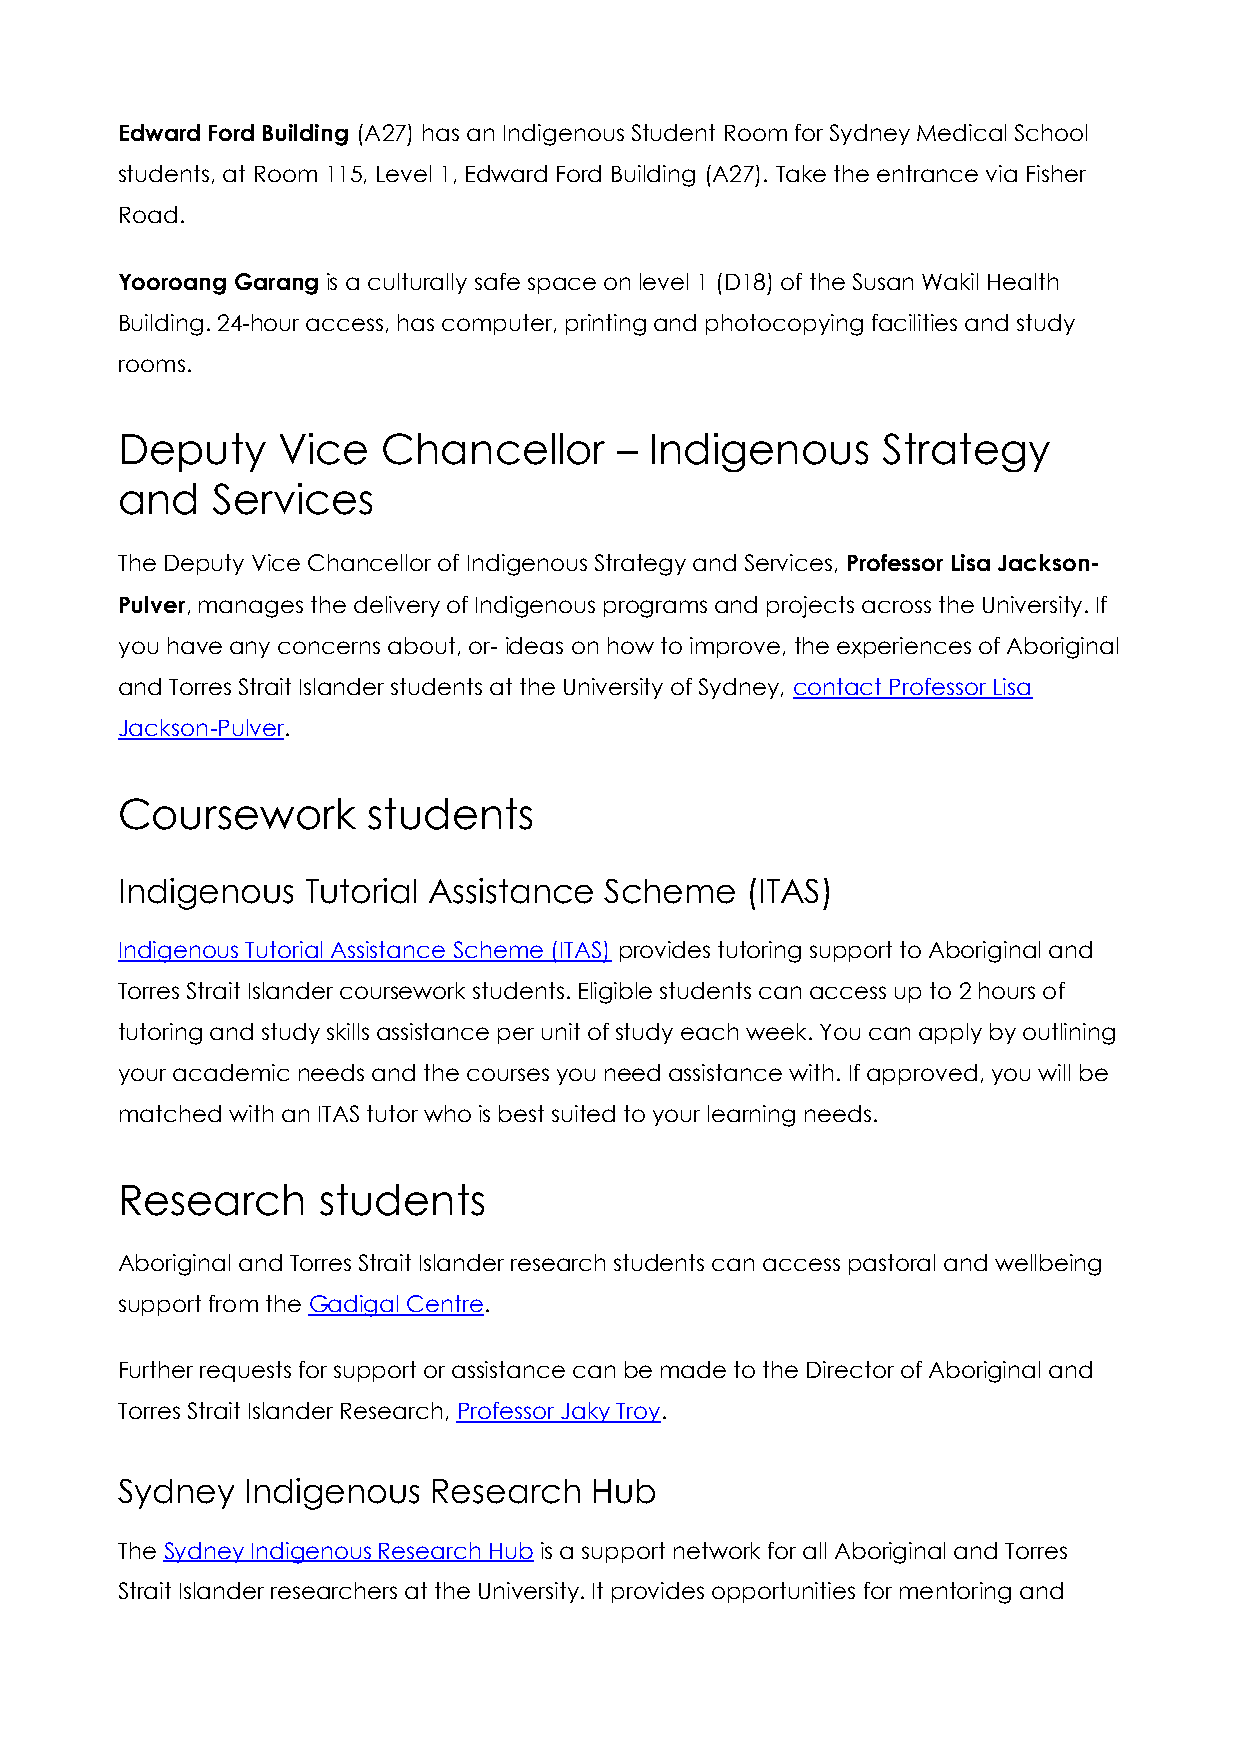
Edward Ford Building (A27) has an Indigenous Student Room for Sydney Medical School
 students, at Room 115, Level 1, Edward Ford Building (A27). Take the entrance via Fisher
 Road.
 Yooroang Garang is a culturally safe space on level 1 (D18) of the Susan Wakil Health
 Building. 24-hour access, has computer, printing and photocopying facilities and study
 rooms.
 Deputy    Vice   Chancellor      – Indigenous     Strategy
 and   Services
 The Deputy Vice Chancellor of Indigenous Strategy and Services, Professor Lisa Jackson-
 Pulver, manages the delivery of Indigenous programs and projects across the University. If
 you have any concerns about, or- ideas on how to improve, the experiences of Aboriginal
 and Torres Strait Islander students at the University of Sydney, contact Professor Lisa
 Jackson-Pulver.
 Coursework      students
 Indigenous  Tutorial Assistance Scheme   (ITAS)
 Indigenous Tutorial Assistance Scheme (ITAS) provides tutoring support to Aboriginal and
 Torres Strait Islander coursework students. Eligible students can access up to 2 hours of
 tutoring and study skills assistance per unit of study each week. You can apply by outlining
 your academic needs and the courses you need assistance with. If approved, you will be
 matched with an ITAS tutor who is best suited to your learning needs.
 Research     students
 Aboriginal and Torres Strait Islander research students can access pastoral and wellbeing
 support from the Gadigal Centre.
 Further requests for support or assistance can be made to the Director of Aboriginal and
 Torres Strait Islander Research, Professor Jaky Troy.
 Sydney  Indigenous   Research  Hub
 The Sydney Indigenous Research Hub is a support network for all Aboriginal and Torres
 Strait Islander researchers at the University. It provides opportunities for mentoring and